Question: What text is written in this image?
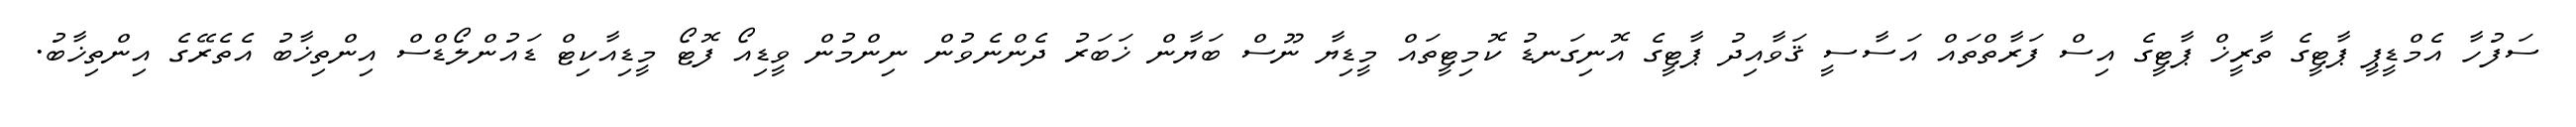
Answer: ސަފުހާ އެމްޑީޕީ ޕާޓީގެ ތާރީޚް ޕާޓީގެ އިސް ފަރާތްތައް އަސާސީ ޤަވާއިދު ޕާޓީގެ އޮނިގަނޑު ކޮމިޓީތައް މީޑިޔާ ނޫސް ބަޔާން ޚަބަރު ދެންނެވުން ނިންމުން ވީޑިއޯ ފޮޓޯ މީޑިއާކިޓް ޑައުންލޯޑްސް އިންތިޚާބު އެތެރޭގެ އިންތިޚާބު.